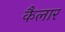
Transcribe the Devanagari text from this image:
कैलार